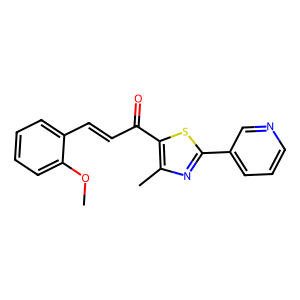
SMILES: COc1ccccc1C=CC(=O)c1sc(-c2cccnc2)nc1C
Inhibits HIV replication: No